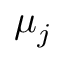
\mu _ { j }